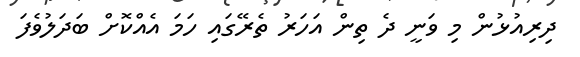
ދިރިއުޅުން މި ވަނީ ދެ ތިން އަހަރު ތެރޭގައި ހަމަ އެއްކޮށް ބަދަލުވެފަ